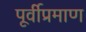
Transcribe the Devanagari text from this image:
पूर्वीप्रमाण